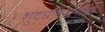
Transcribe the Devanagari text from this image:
शुद्धलेखनाचा